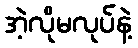
အဲ့လိုမလုပ်နဲ့